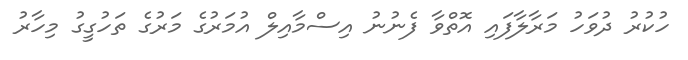
ހުކުރު ދުވަހު މަރާލާފައި އޮތްވާ ފެނުނު އިސްމާއިލް އުމަރުގެ މަރުގެ ތަހުގީގު މިހާރު